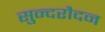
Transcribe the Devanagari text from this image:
सुन्दरौदन